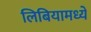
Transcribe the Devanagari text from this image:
लिबियामध्ये